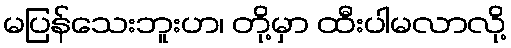
မပြန်သေးဘူးဟ၊ တို့မှာ ထီးပါမလာလို့